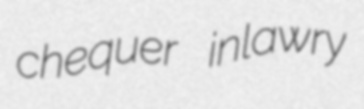
chequer inlawry